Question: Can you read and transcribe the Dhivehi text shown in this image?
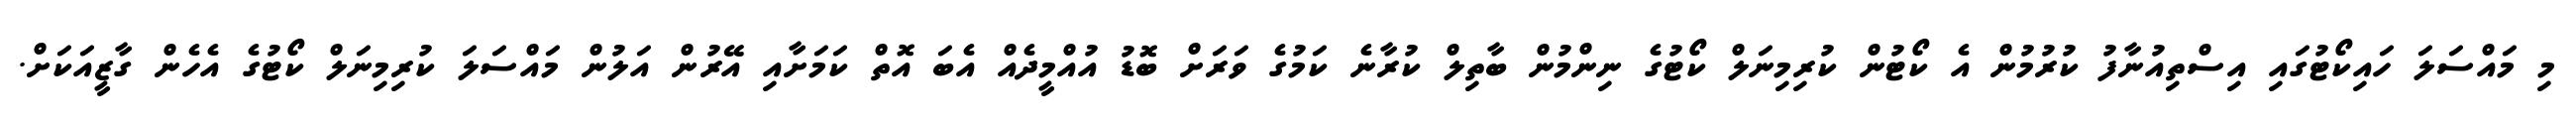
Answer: މި މައްސަލަ ހައިކޯޓުގައި އިސްތިއުނާފު ކުރުމުން އެ ކޯޓުން ކުރިމިނަލް ކޯޓުގެ ނިންމުން ބާތިލް ކުރާނެ ކަމުގެ ވަރަށް ބޮޑު އުއްމީދެއް އެބަ އޮތް ކަމަށާއި އޭރުން އަލުން މައްސަލަ ކުރިމިނަލް ކޯޓުގެ އެހެން ގާޒީއަކަށް.